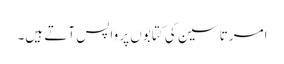
امرتا سین کی کتابوں پر واپس آتے ہیں۔